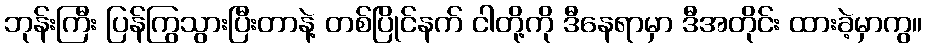
ဘုန်းကြီး ပြန်ကြွသွားပြီးတာနဲ့ တစ်ပြိုင်နက် ငါတို့ကို ဒီနေရာမှာ ဒီအတိုင်း ထားခဲ့မှာကွ။